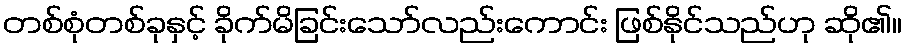
တစ်စုံတစ်ခုနှင့် ခိုက်မိခြင်းသော်လည်းကောင်း ဖြစ်နိုင်သည်ဟု ဆို၏။